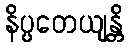
နိပ္ပတေယျန္တိ